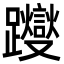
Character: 躞